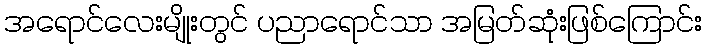
အရောင်လေးမျိုးတွင် ပညာရောင်သာ အမြတ်ဆုံးဖြစ်ကြောင်း